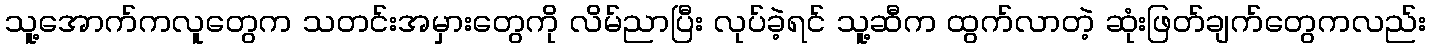
သူ့အောက်ကလူတွေက သတင်းအမှားတွေကို လိမ်ညာပြီး လုပ်ခဲ့ရင် သူ့ဆီက ထွက်လာတဲ့ ဆုံးဖြတ်ချက်တွေကလည်း